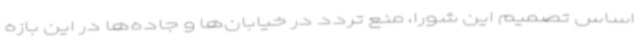
اساس تصمیم این شورا، منع تردد در خیابان‌ها و جاده‌ها در این بازه